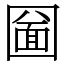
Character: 圙